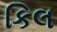
કિલ